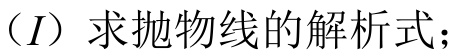
\((I)\) 求抛物线的解析式；